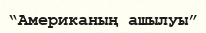
“Американың ашылуы”